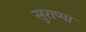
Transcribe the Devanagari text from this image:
सुराप्पा